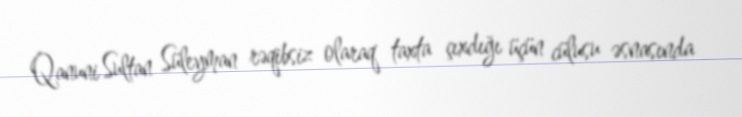
Qanuni Sultan Süleyman rəqibsiz olaraq taxta çıxdığı üçün cülusu əsnasında